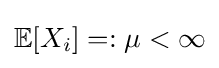
{\mathbb {E} }[X_{i}]=:\mu <\infty